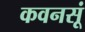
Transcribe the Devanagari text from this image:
कवनसूं